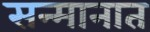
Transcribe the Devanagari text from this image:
सन्मानात